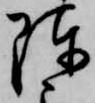
陳